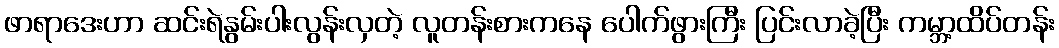
ဖာရာဒေးဟာ ဆင်းရဲနွမ်းပါးလွန်းလှတဲ့ လူတန်းစားကနေ ပေါက်ဖွားကြီး ပြင်းလာခဲ့ပြီး ကမ္ဘာ့ထိပ်တန်း